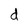
Character: d